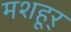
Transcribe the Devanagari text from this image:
मशहूर्